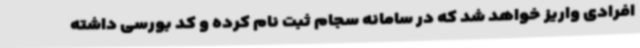
افرادی واریز خواهد شد که در سامانه سجام ثبت نام کرده و کد بورسی داشته